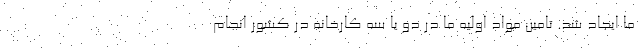
ما ایجاد شد. تامین مواد اولیه ما در دو یا سه کارخانه در کشور انجام